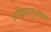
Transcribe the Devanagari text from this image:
अतेझ्काहुआकान